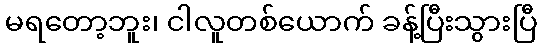
မရတော့ဘူး၊ ငါလူတစ်ယောက် ခန့်ပြီးသွားပြီ